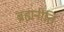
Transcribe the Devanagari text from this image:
ब्रह्मनीति